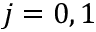
j = 0 , 1